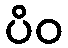
ပိဝ